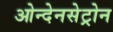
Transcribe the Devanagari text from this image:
ओन्देनसेट्रोन